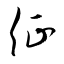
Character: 征